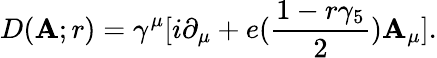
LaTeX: D(\mathbf{A};r)=\gamma^{\mu}[i\partial_{\mu}+e({\frac{{1-r\gamma_{5}}}{{2}}})\mathbf{A}_{\mu}].